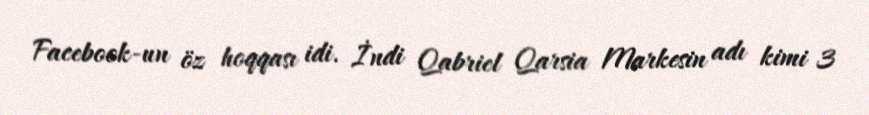
Facebook-un öz hoqqası idi. İndi Qabriel Qarsia Markesin adı kimi 3